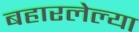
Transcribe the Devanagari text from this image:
बहारलेल्या